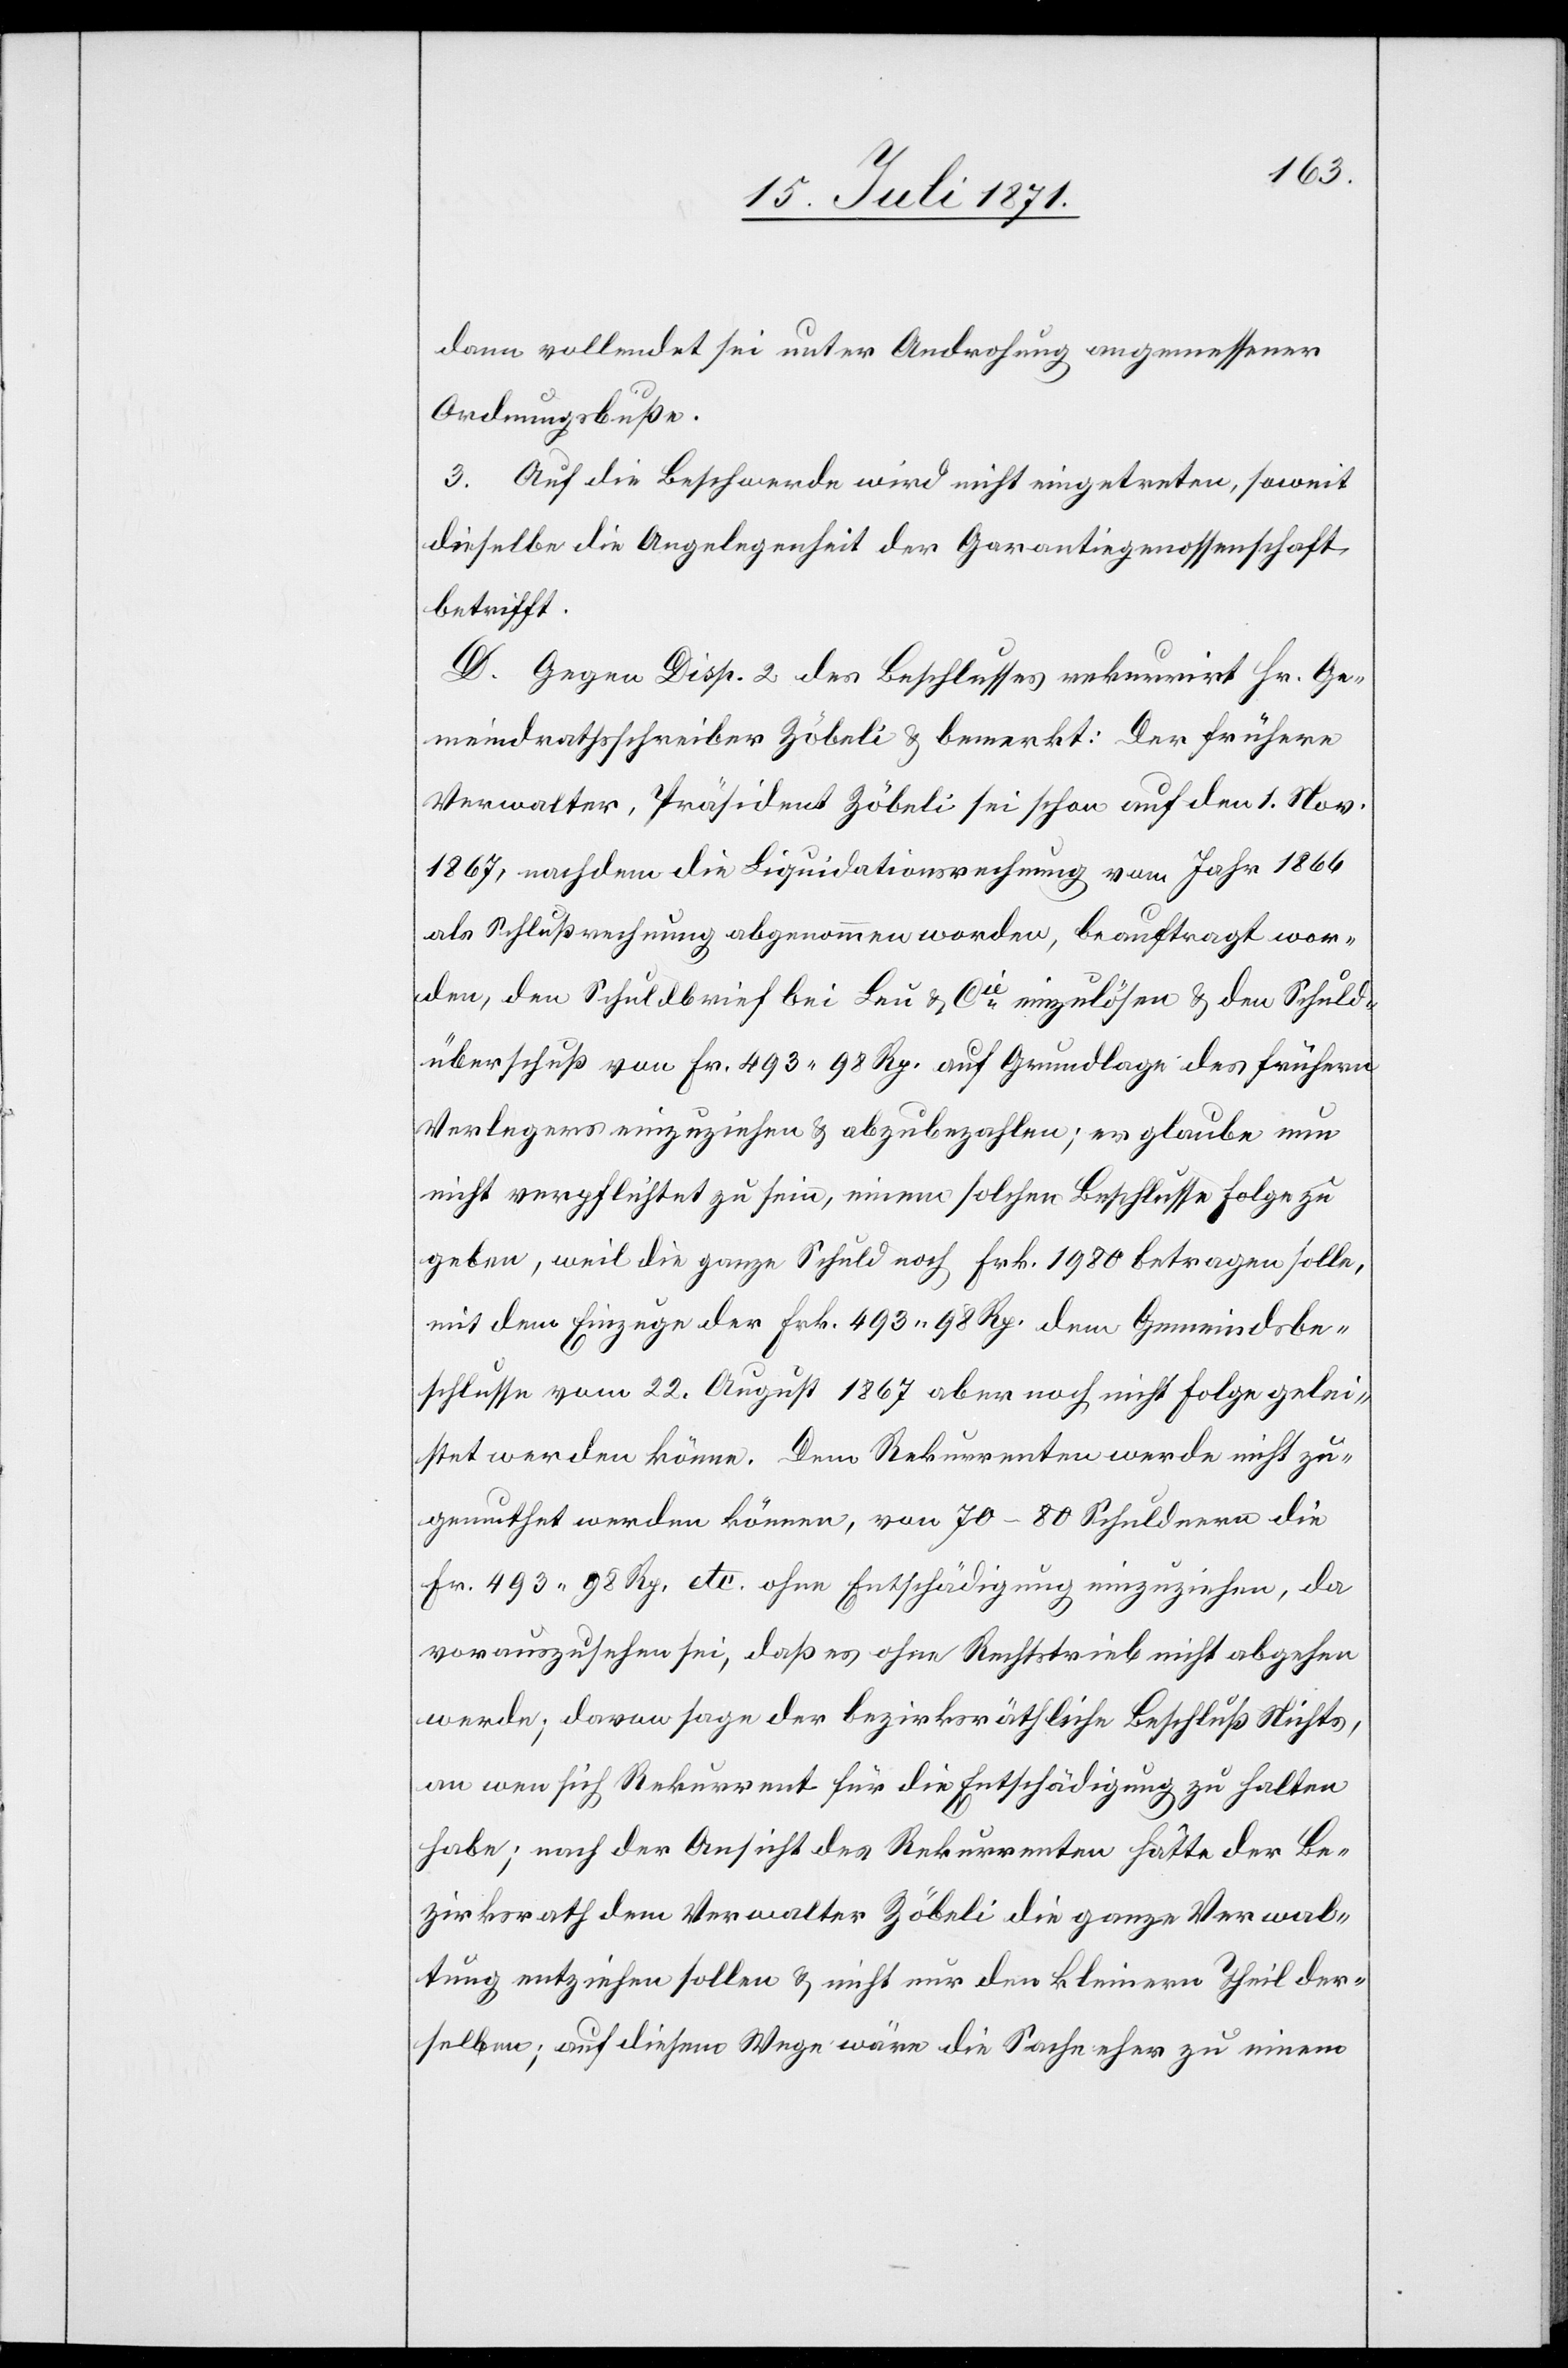
dann vollendet sei unter Androhung angemessener
Ordnungsbuße.
3. Auf die Beschwerde wird nicht eingetreten, soweit
dieselbe die Angelegenheit der Garantiegenossenschaft
betrifft.
D. Gegen Disp. 2 des Beschlusses rekurrirt Hr. Ge¬
meindrathsschreiber Zöbeli u. bemerkt: Der frühere
Verwalter, Präsident Zöbeli sei schon auf den 1. Nov.
1867, nachdem die Liquidationsrechnung vom Jahr 1866
als Schlußrechnung abgenommen worden, beauftragt wor¬
den, den Schuldbrief bei Leu u. Cie. einzulösen u. den Schuld¬
überschuß von Fr. 493.98 Rp. auf Grundlage des frühern
Verlegers einzuziehen u. abzubezahlen; er glaube nun
nicht verpflichtet zu sein, einem solchen Beschlusse Folge zu
geben, weil die ganze Schuld noch Frk. 1980 betragen solle,
mit dem Einzuge der Frk. 493.98 Rp. dem Gemeindsbe¬
schlusse vom 22. August 1867 aber noch nicht Folge gelei¬
stet werden könne. Dem Rekurrenten werde nicht zu¬
gerechnet werden können, von 70–80 Schuldnern die
Fr. 493.98 Rp. etc. ohne Entschädigung einzuziehen, da
vorauszusehen sei, daß es ohne Rechtstrieb nicht abgehen
werde; davon sage der bezirksräthliche Beschluß Nichts,
an wen sich Rekurrent für die Entschädigung zu halten
habe; nach der Ansicht des Rekurrenten hätte der Be¬
zirksrath dem Verwalter Zöbeli die ganze Verwal¬
tung entziehen sollen u. nicht nur den kleinern Theil der¬
selben; auf diesem Wege wäre die Sache eher zu einem